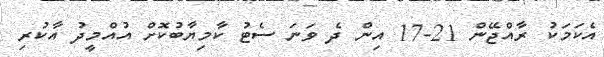
އެކަމަކު ރާއްޖޭން 21-17 އިން ދެ ވަނަ ސެޓު ކާމިޔާބުކޮށް އުއްމީދު އާކުރި